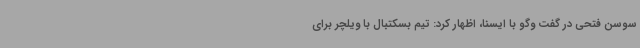
سوسن فتحی در گفت وگو با ایسنا، اظهار کرد: تیم بسکتبال با ویلچر برای